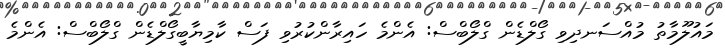
މައުލޫމާތު މުއްސަނދިވި ގޯލްޑެން ގްލޯބްސް: އެންމެ ހައިރާންކުރުވި ފަސް ކާމިޔާބީގޯލްޑެން ގްލޯބްސް: އެންމެ